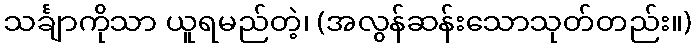
သင်္ချာကိုသာ ယူရမည်တဲ့၊ (အလွန်ဆန်းသောသုတ်တည်း။)